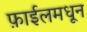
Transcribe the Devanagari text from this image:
फ़ाईलमधून